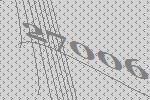
27006